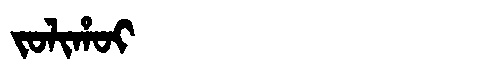
Manchu: ᠵᠣᠯᡳᡥᠣᡳ
Romanization: JOLIHOI